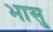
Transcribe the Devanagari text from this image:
भासु